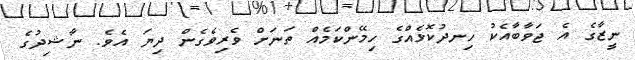
ނީޒާގެ އެ ޖަވާބާއެކު ހިނދުކޮޅެއްގެ ހިމޭންކަމެއް ތަނަށް ވެރިވެގެން ދިޔަ އެވެ. ނާޝިދުގެ